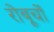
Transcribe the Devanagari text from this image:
रोबूचों